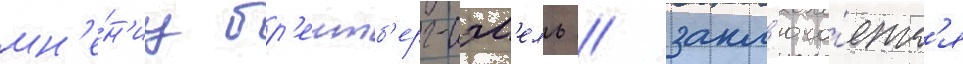
мн'е́н'иу бр'еитб'ерг-сэм'ель / закл'юча́етс'я